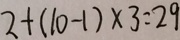
2 + ( 1 0 - 1 ) \times 3 = 2 9